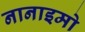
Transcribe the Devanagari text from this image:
नानाइमो